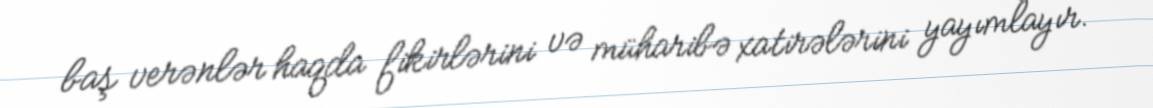
baş verənlər haqda fikirlərini və müharibə xatirələrini yayımlayır.